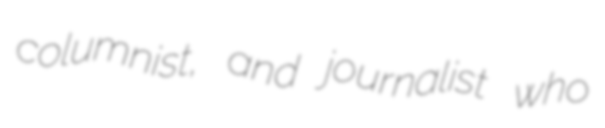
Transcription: columnist, and journalist who